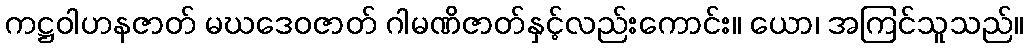
ကဋ္ဌဝါဟနဇာတ် မဃဒေဝဇာတ် ဂါမဏိဇာတ်နှင့်လည်းကောင်း။ ယော၊ အကြင်သူသည်။